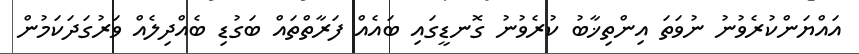
އައްޔަންކުރެވުނު ނުވަތަ އިންތިޚާބު ކުރެވުނު ގޮނޑީގައި ބައެއް ފަރާތްތައް ބަގުޑި ބެއްދިލެއް ވަރުގަދަކަމުން